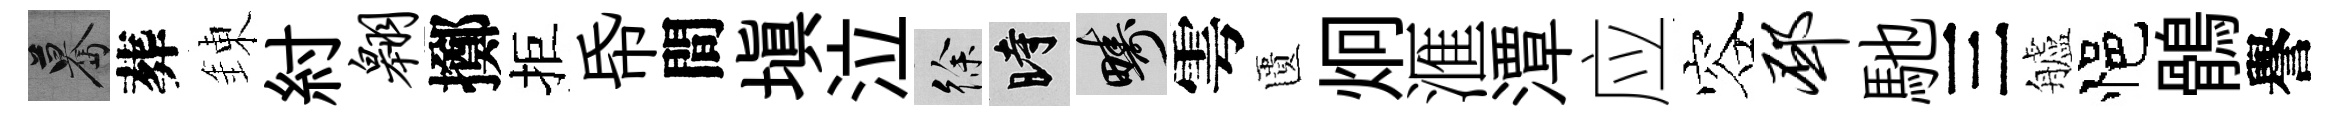
驀葬錬紂翱擲拒帋間填泣徐时疇雩匱炯滙潭应容邳馳三艫悒鶻譽